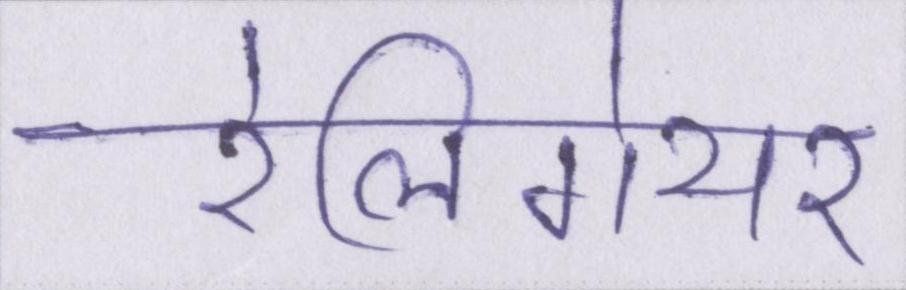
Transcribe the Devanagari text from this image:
रेलिगेयर